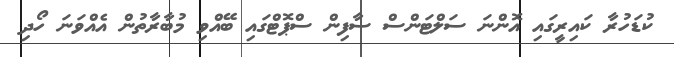
ކުޑަހުރާ ކައިރީގައި އޮންނަ ސަލްޓަންސް ސާފިން ސްޕޮޓްގައި ބޭއްވި މުބާރާތުން އެއްވަނަ ހޯދި